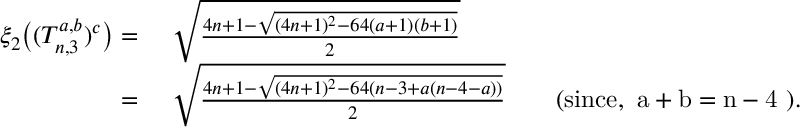
\begin{array} { r l } { \xi _ { 2 } \big ( ( T _ { n , 3 } ^ { a , b } ) ^ { c } \big ) = } & { ~ \sqrt { \frac { 4 n + 1 - \sqrt { ( 4 n + 1 ) ^ { 2 } - 6 4 ( a + 1 ) ( b + 1 ) } } { 2 } } } \\ { = } & { ~ \sqrt { \frac { 4 n + 1 - \sqrt { ( 4 n + 1 ) ^ { 2 } - 6 4 ( n - 3 + a ( n - 4 - a ) ) } } { 2 } } \qquad \mathrm { ( s i n c e , ~ a + b = n - 4 ~ ) } . } \end{array}